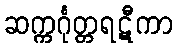
ဆက္ကင်္ဂုတ္တရဋီကာ